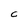
Character: C